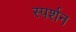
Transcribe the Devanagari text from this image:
स्पर्शन